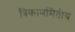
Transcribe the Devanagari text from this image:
त्रिकाणमितीय